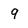
Character: 9